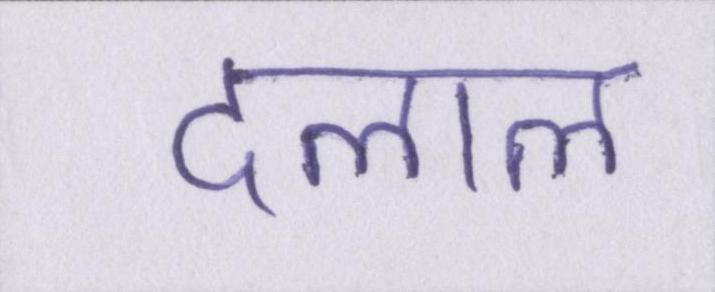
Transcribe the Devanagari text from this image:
दलाल